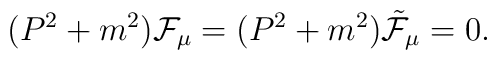
(P^2 + m^2) {\cal F}_\mu = (P^2 + m^2) {\tilde{\cal F}}_\mu = 0.